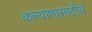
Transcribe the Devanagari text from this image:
कल्याणासाठीच